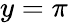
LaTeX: y=\pi